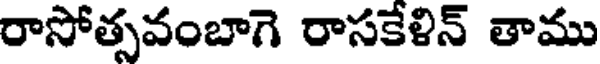
రాసోత్సవంబాగె రాసకేళిన్ తాము